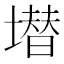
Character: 𱗶